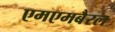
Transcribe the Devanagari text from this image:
एमएमबैरल